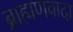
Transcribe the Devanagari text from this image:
ब्राह्मणवादा